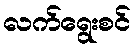
လက်ရွေးစင်